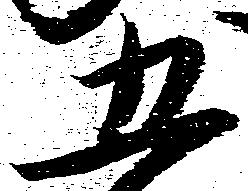
五